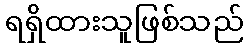
ရရှိထားသူဖြစ်သည်